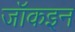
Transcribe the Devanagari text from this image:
जॉकइन